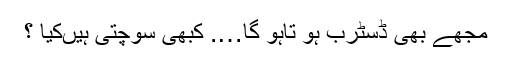
مجھے بھی ڈسٹرب ہو تاہو گا…. کبھی سوچتی ہیںکیا ؟